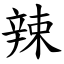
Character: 辣